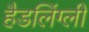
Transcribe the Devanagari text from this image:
हैडलिंग्ली